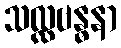
သလ္လဗန္ဓနာ